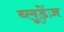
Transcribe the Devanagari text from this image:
ब्लूड़ेंज़